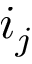
i _ { j }